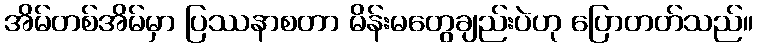
အိမ်တစ်အိမ်မှာ ပြဿနာစတာ မိန်းမတွေချည်းပဲဟု ပြောတတ်သည်။